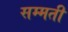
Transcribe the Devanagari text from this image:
सम्मती